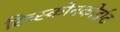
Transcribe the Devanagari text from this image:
रिच्स्कोनकोर्डाट